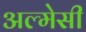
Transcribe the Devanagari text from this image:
अल्मेसी